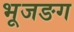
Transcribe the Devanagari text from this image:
भूजङग